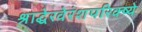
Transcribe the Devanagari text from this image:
श्राद्धेरवेरंशपरिक्ष्ये